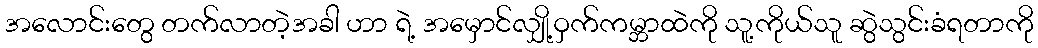
အလောင်းတွေ တက်လာတဲ့အခါ ဟာ ရဲ့ အမှောင်လျှို့ဝှက်ကမ္ဘာထဲကို သူ့ကိုယ်သူ ဆွဲသွင်းခံရတာကို